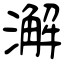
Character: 澥